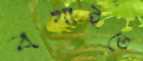
বখাইতে